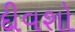
દીવશો